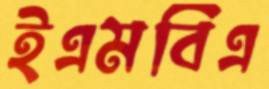
ইএমবিএ